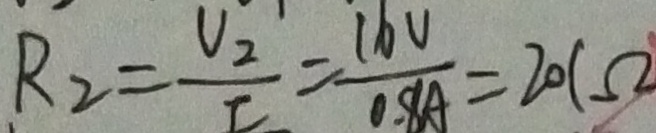
R _ { 2 } = \frac { U _ { 2 } } { F } = \frac { 1 6 V } { 0 . 8 A } = 2 0 ( \Omega